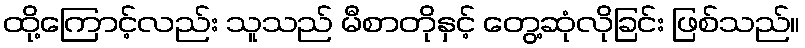
ထို့ကြောင့်လည်း သူသည် မီစာတိုနှင့် တွေ့ဆုံလိုခြင်း ဖြစ်သည်။